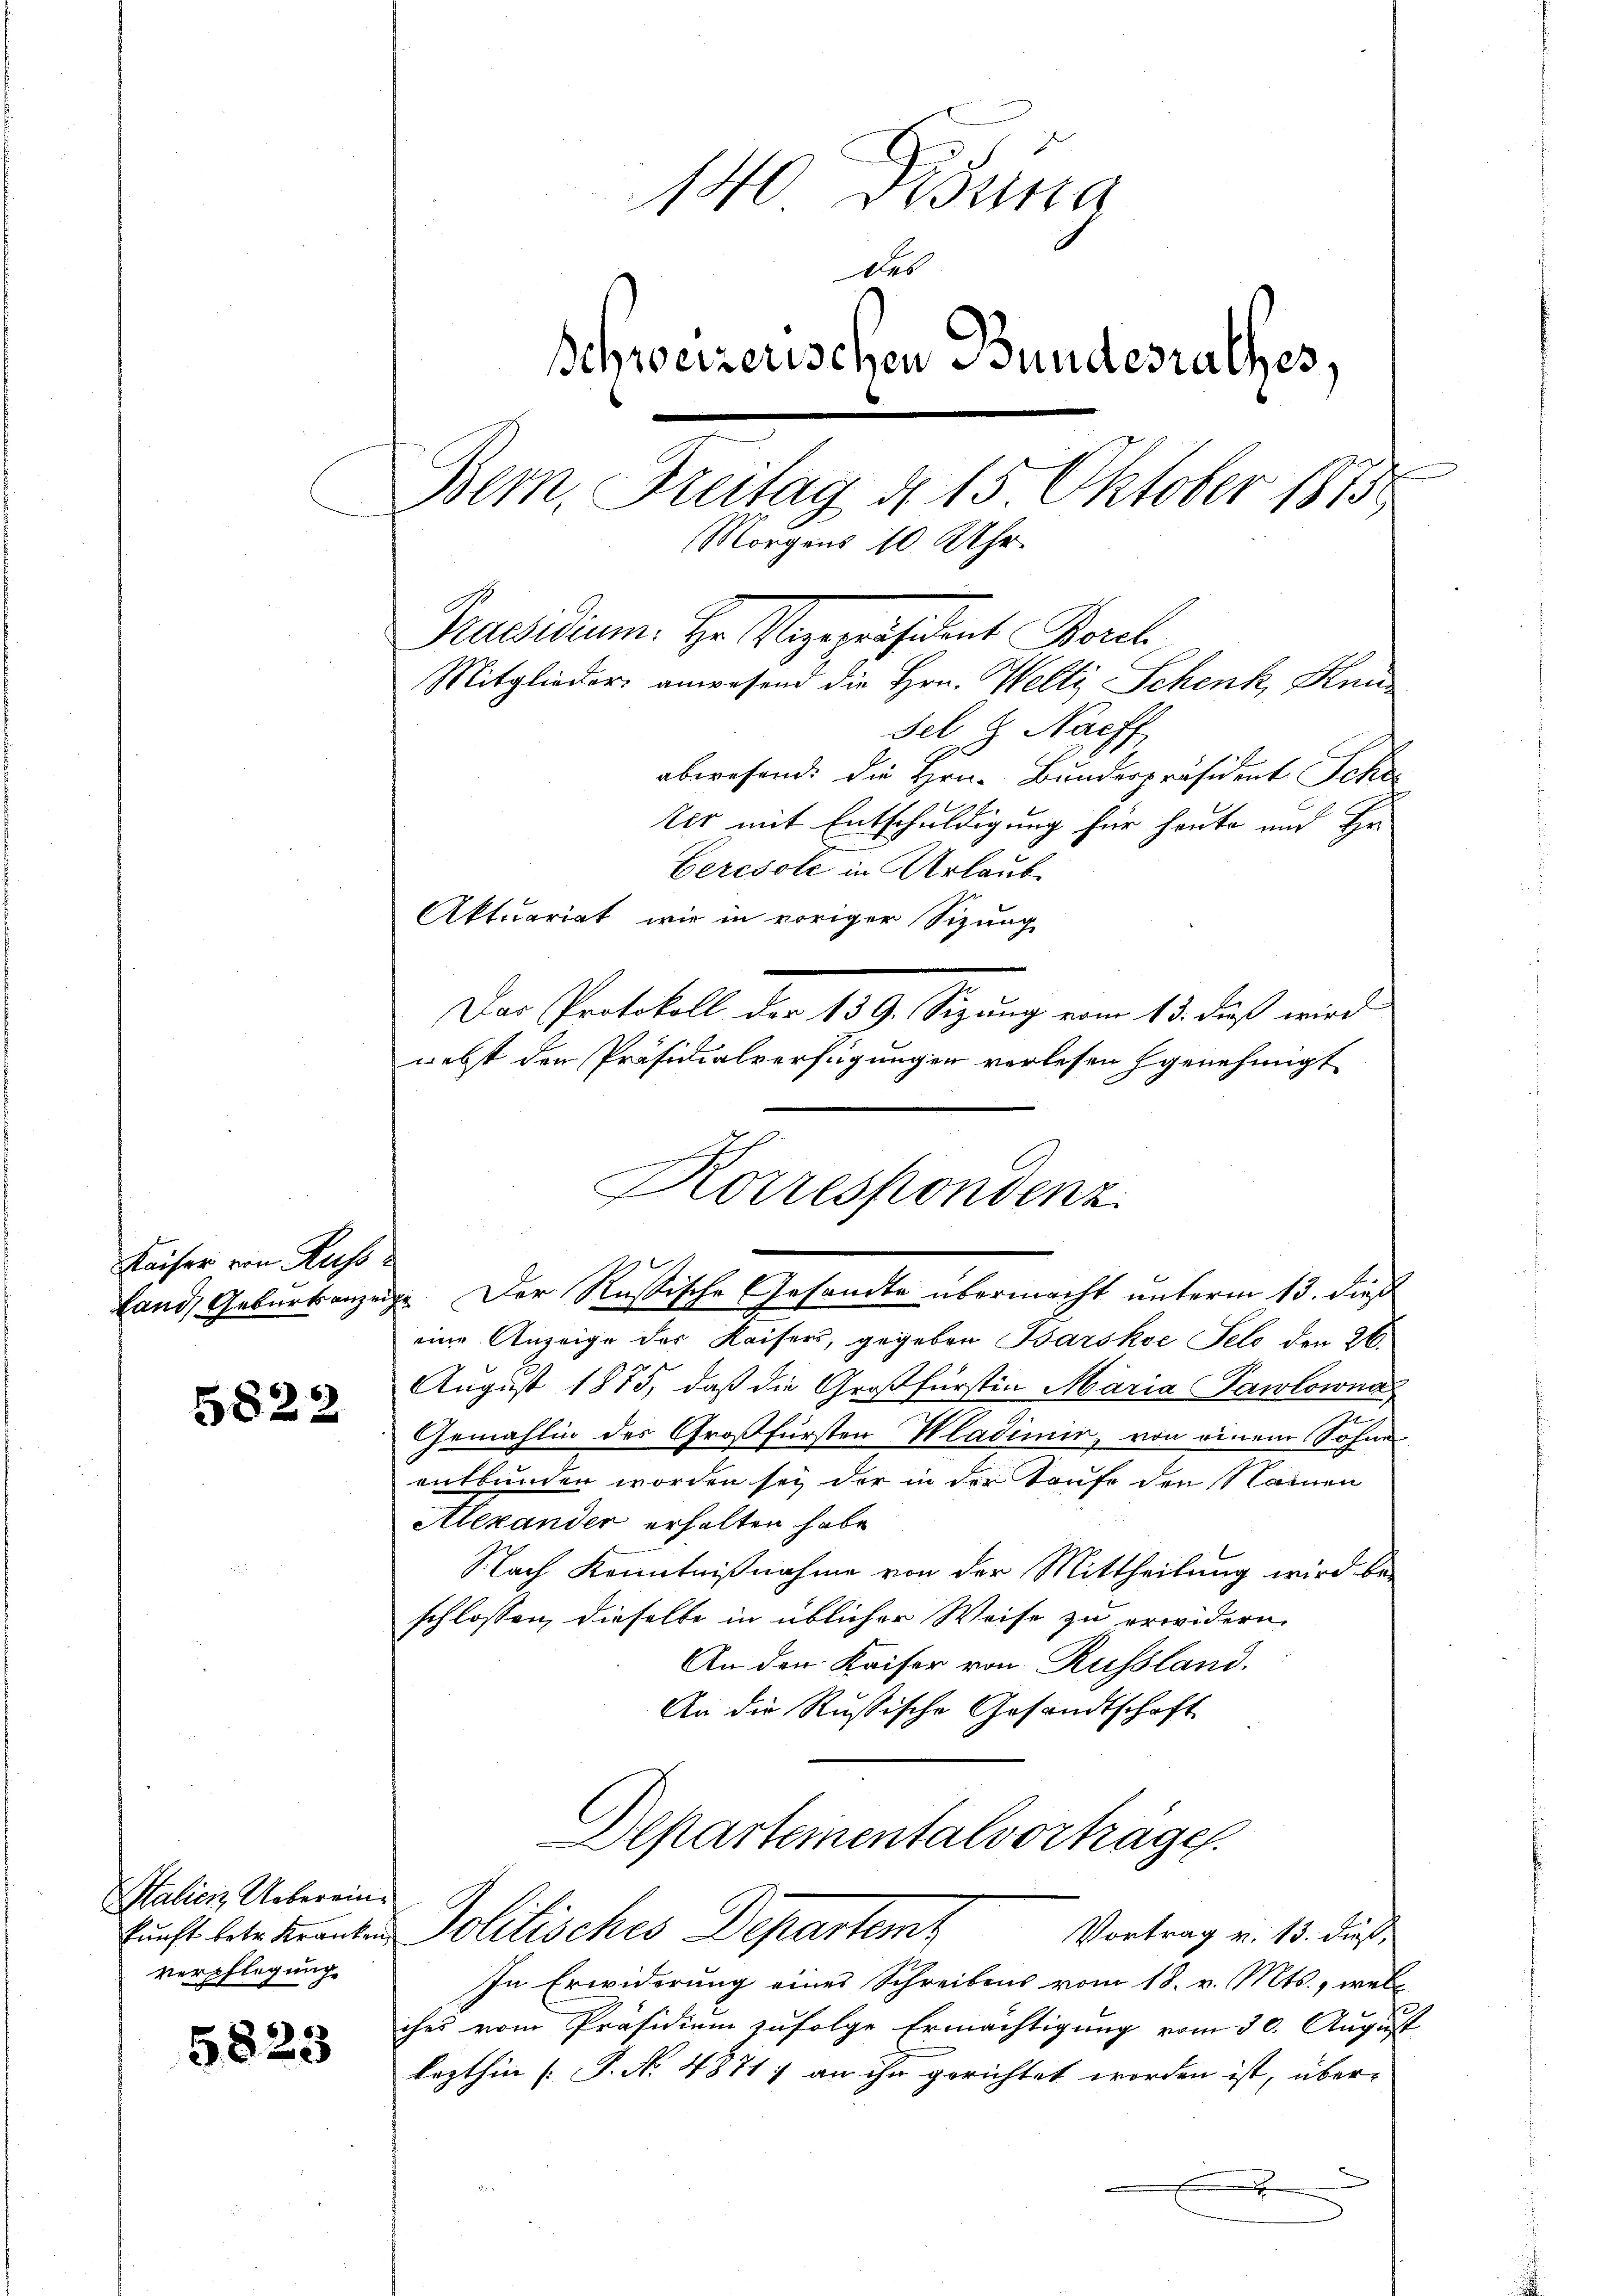
Kaiser von Auss

5822

Saliciz Uebereinverpflegung

5823

140 Duna
des
Schweizerischen Bundesrathes,
Bem, Freitag d. 15 Oktober 1875
Morgens 10 Uhr.
Präsidium. Hr. Vizepräsident Borel
Mitglieder anwesend die Hrn. Welti Schenk, Kan¬
Fel.  Nachf
abwesend: Die Hrn. Bundespräsident Sche

Uhr mit Entschuldigung für heute und Er-
Ceresole in Urlaub
Aktuariat wir in voriger Sizung
Das Protokoll der 139. Sizung vom 13. dieß wird
nebst der Präsidialverfügungen verlesen genehmigt
land, Geburkanzeige. Der Rußische Gesandte übermacht unterm 13. dieß
eine Anzeige des Kaisers, gegeben Barskoe Feld den 26.
August 1875, daß die Großfürstin Maria Pawlownas
Gemahlin des Großfürsten Wladimir, von einem Sohne
entbunden worden sei der in der Taufe den Namen
Alexander erhalten habe.
Nach Kenntnißnahme von der Mittheilung wird be-
schlossen, dieselbe in üblicher Weise zu erwidern.
An den Kaiser von Russland.
An die Rußische Gesandtschaft
Departementalvorträge.
kunft betr dienten Politisches Departemt
Vortrag v. 13. dieß,
In Erwiderung eines Schreibens vom 18. v. Mts., welc
ches vom Präsidium zufolge Ermächtigung vom 30. August
lezthin [P. No. 4871) an ihr gerichtet worden ist, über-
.

gerweigen ent
Korrespondenz